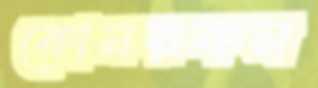
কোনরকম